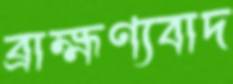
ব্রাহ্মণ্যবাদ